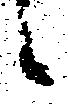
候